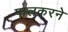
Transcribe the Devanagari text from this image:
पालकरने